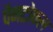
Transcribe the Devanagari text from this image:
पैनटोफल